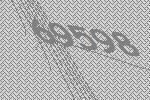
69598